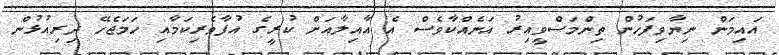
އައިމަން ނިޔާވިފަހުން ތިންމަސްވީއިރު އަނެއްކާވެސް އެ އާއިލާއަށް ކުރީގެ އުފާވެރިކަމާއި ހަމަޖެހޭ ދިރިއުޅުން